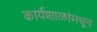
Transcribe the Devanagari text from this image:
कार्यशाळांमधून